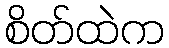
စိတ်ထဲက